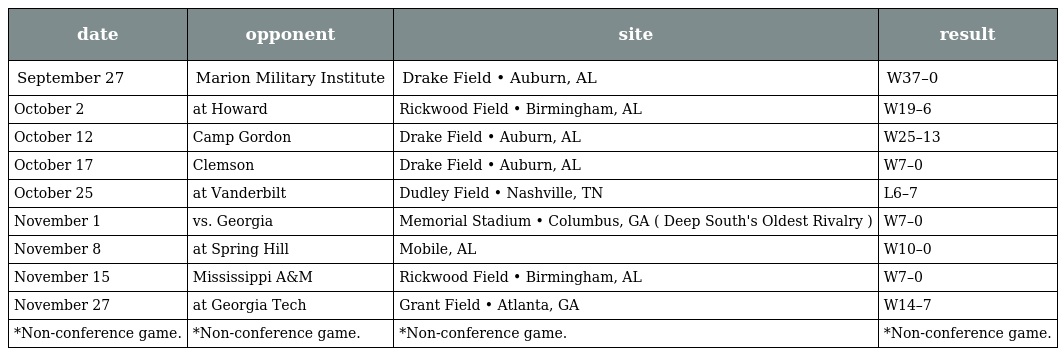
| date | opponent | site | result |
 | --- | --- | --- | --- |
 | September 27 | Marion Military Institute | Drake Field • Auburn, AL | W37–0 |
 | October 2 | at Howard | Rickwood Field • Birmingham, AL | W19–6 |
 | October 12 | Camp Gordon | Drake Field • Auburn, AL | W25–13 |
 | October 17 | Clemson | Drake Field • Auburn, AL | W7–0 |
 | October 25 | at Vanderbilt | Dudley Field • Nashville, TN | L6–7 |
 | November 1 | vs. Georgia | Memorial Stadium • Columbus, GA ( Deep South's Oldest Rivalry ) | W7–0 |
 | November 8 | at Spring Hill | Mobile, AL | W10–0 |
 | November 15 | Mississippi A&M | Rickwood Field • Birmingham, AL | W7–0 |
 | November 27 | at Georgia Tech | Grant Field • Atlanta, GA | W14–7 |
 | *Non-conference game. | *Non-conference game. | *Non-conference game. | *Non-conference game. |